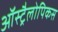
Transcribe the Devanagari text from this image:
ऑस्ट्रैलोपिकस